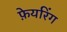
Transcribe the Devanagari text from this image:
फ़ेयरिंग